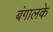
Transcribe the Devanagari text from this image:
बंगालके